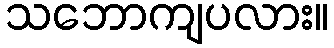
သဘောကျပလား။